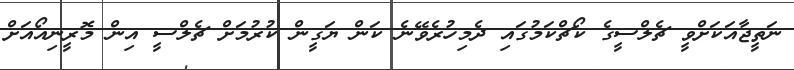
ނަތީޖާއަކަށްވީ ޗެލްސީގެ ކޯޗްކަމުގައި ދެމިހުރެވޭނެ ކަން ޔަގީން ކުރުމަށް ޗެލްސީ އިން މޮރީނިއޯއަށް